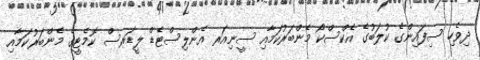
ދިވެހި ސިފައިންގެ ކުލަބުގެ އެކްސްކޯ މެންބަރުކަމާއި ސީނިއަރ އެންލިސްޓެޑް ލީޑަރސް ކޮމެޓީގެ މެންބަރުކަމާއި